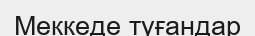
Меккеде туғандар